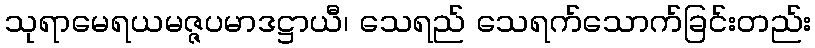
သုရာမေရယမဇ္ဇပမာဒဋ္ဌာယီ၊ သေရည် သေရက်သောက်ခြင်းတည်း